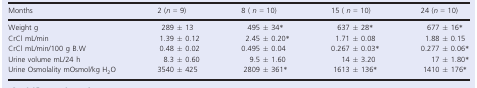
<table><thead><tr><td><b>Months</b></td><td><b>2 (<i>n</i> = 9)</b></td><td><b>8 ( <i>n</i> = 10)</b></td><td><b>15 ( <i>n</i> = 10)</b></td><td><b>24 (<i>n</i> = 10)</b></td></tr></thead><tbody><tr><td>Weight g</td><td>289 ± 13</td><td>495 ± 34*</td><td>637 ± 28*</td><td>677 ± 16*</td></tr><tr><td>CrCl mL/min</td><td>1.39 ± 0.12</td><td>2.45 ± 0.20*</td><td>1.71 ± 0.08</td><td>1.88 ± 0.15</td></tr><tr><td>CrCl mL/min/100 g B.W</td><td>0.48 ± 0.02</td><td>0.495 ± 0.04</td><td>0.267 ± 0.03*</td><td>0.277 ± 0.06*</td></tr><tr><td>Urine volume mL/24 h</td><td>8.3 ± 0.60</td><td>9.5 ± 1.60</td><td>14 ± 3.20</td><td>17 ± 1.80*</td></tr><tr><td>Urine Osmolality mOsmol/kg H<sub>2</sub>O</td><td>3540 ± 425</td><td>2809 ± 361*</td><td>1613 ± 136*</td><td>1410 ± 176*</td></tr></tbody></table>